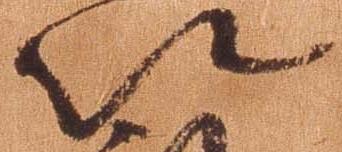
以